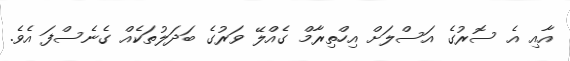
އާއި އެ ސޮރުގެ އަސްލަށް އިހްތިރާމް ގެއްލޭ ވަރުގެ ބަދަލުތަކެއް ގެނެސްފަ އެވެ.